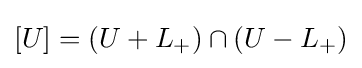
[U]=(U+L_{+})\cap (U-L_{+})